NAE_ERA_R-2362_Emakeele_Selts, lk 10
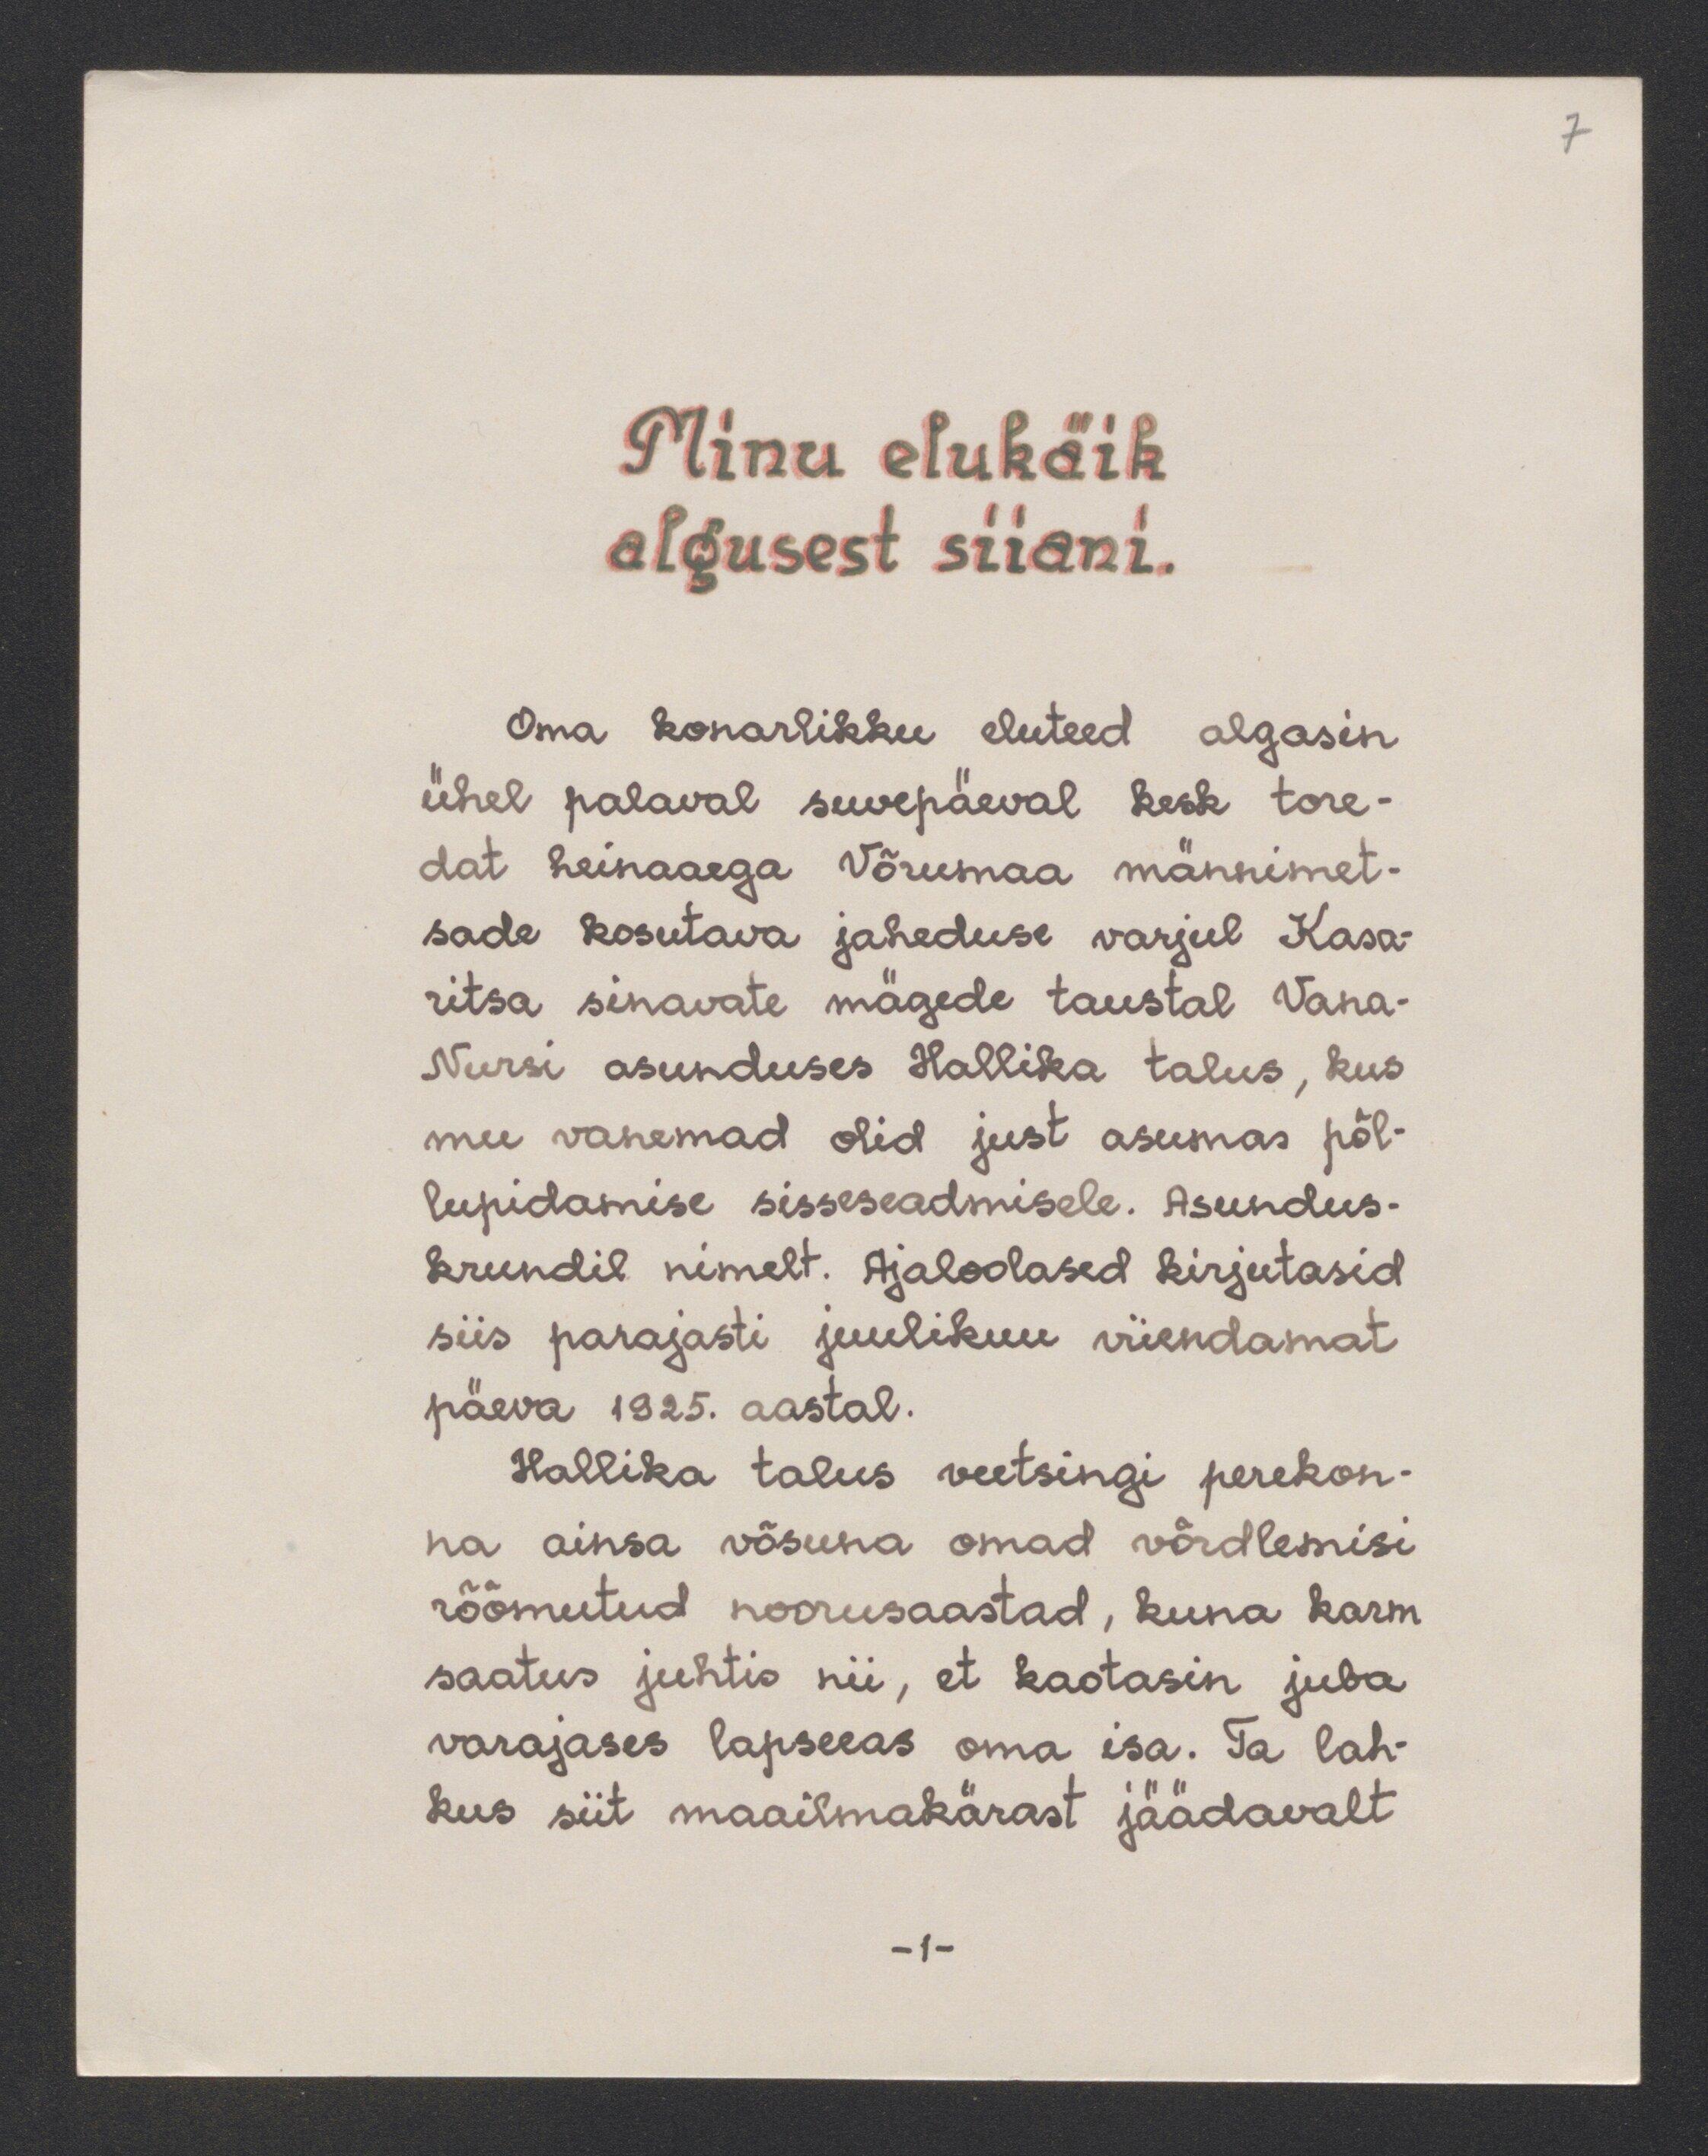
7.

Minu elukäik
algusest siiani.
Oma konarlikku eluteed algasin
ühel palaval suvepäeval kesk tore-
dat heinaaega Võrumaa männimet-
sade kosutava jaheduse varjul Kasa-
ritsa sinavate mägede taustal Vana-
Nursi asunduses Hallika talus, kus
mu vanemad olid just asumas põl-
lupidamise sisseseadmisele. Asundus-
krundil nimelt. Ajaloolased kirjutasid
siis parajasti juulikuu viiendamat
päeva 1925. aastal.
Hallika talus veetsingi perekon-
na ainsa võsuna omad võrdlemisi
rõõmutud noorusaastad, kuna karm
saatus juhtis nii, et kaotasin juba
varajases lapseeas oma isa. Ta lah-
kus siit maailmakärast jäädavalt
-1-.